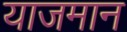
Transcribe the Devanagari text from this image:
याजमान